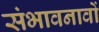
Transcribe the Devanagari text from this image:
संभावनावों